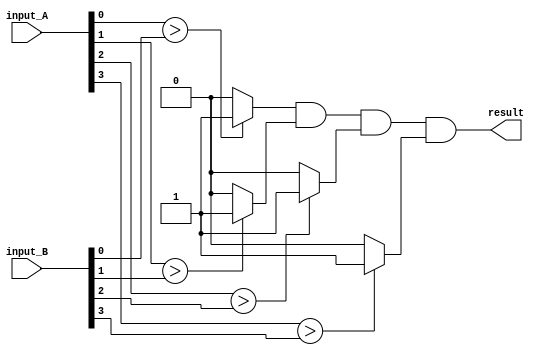
module parallel_comparator(
    input [7:0] input_A,
    input [7:0] input_B,
    output reg result
);

reg [7:0] stage1_result;
reg [7:0] stage2_result;
reg [7:0] stage3_result;
reg [7:0] stage4_result;

assign stage1_result = input_A[0] > input_B[0] ? 1'b1 : 1'b0;
assign stage2_result = input_A[1] > input_B[1] ? 1'b1 : 1'b0;
assign stage3_result = input_A[2] > input_B[2] ? 1'b1 : 1'b0;
assign stage4_result = input_A[3] > input_B[3] ? 1'b1 : 1'b0;

always @* begin
    result = stage1_result & stage2_result & stage3_result & stage4_result;
end

endmodule